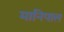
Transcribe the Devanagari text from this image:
मानिपाल